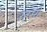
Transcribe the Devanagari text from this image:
रहस्यें